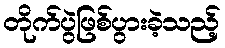
တိုက်ပွဲဖြစ်ပွားခဲ့သည့်